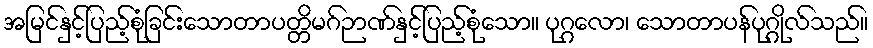
အမြင်နှင့်ပြည့်စုံခြင်းသောတာပတ္တိမဂ်ဉာဏ်နှင့်ပြည့်စုံသော။ ပုဂ္ဂလော၊ သောတာပန်ပုဂ္ဂိုလ်သည်။